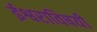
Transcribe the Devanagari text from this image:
ईश्वराविषयी